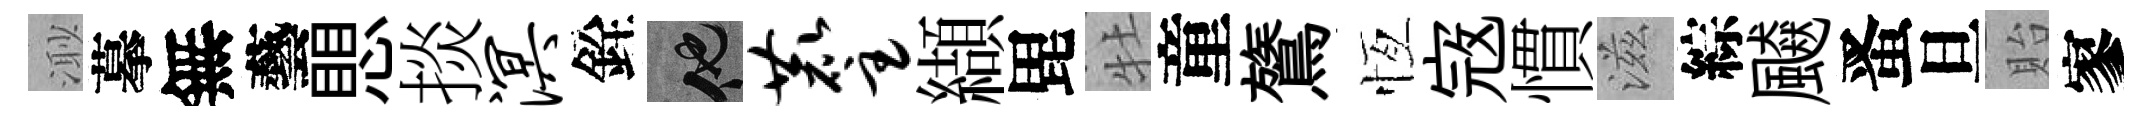
𣺌摹無藝愳掞溟銓他麈纈毘牡童鷟恆𡨥慣滋綜飇󱉠旦貽寥